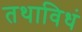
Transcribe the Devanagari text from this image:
तथाविधं